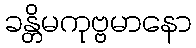
ခန္တိမကုဗ္ဗမာနော